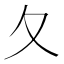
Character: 夂